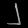
Digit: ၂